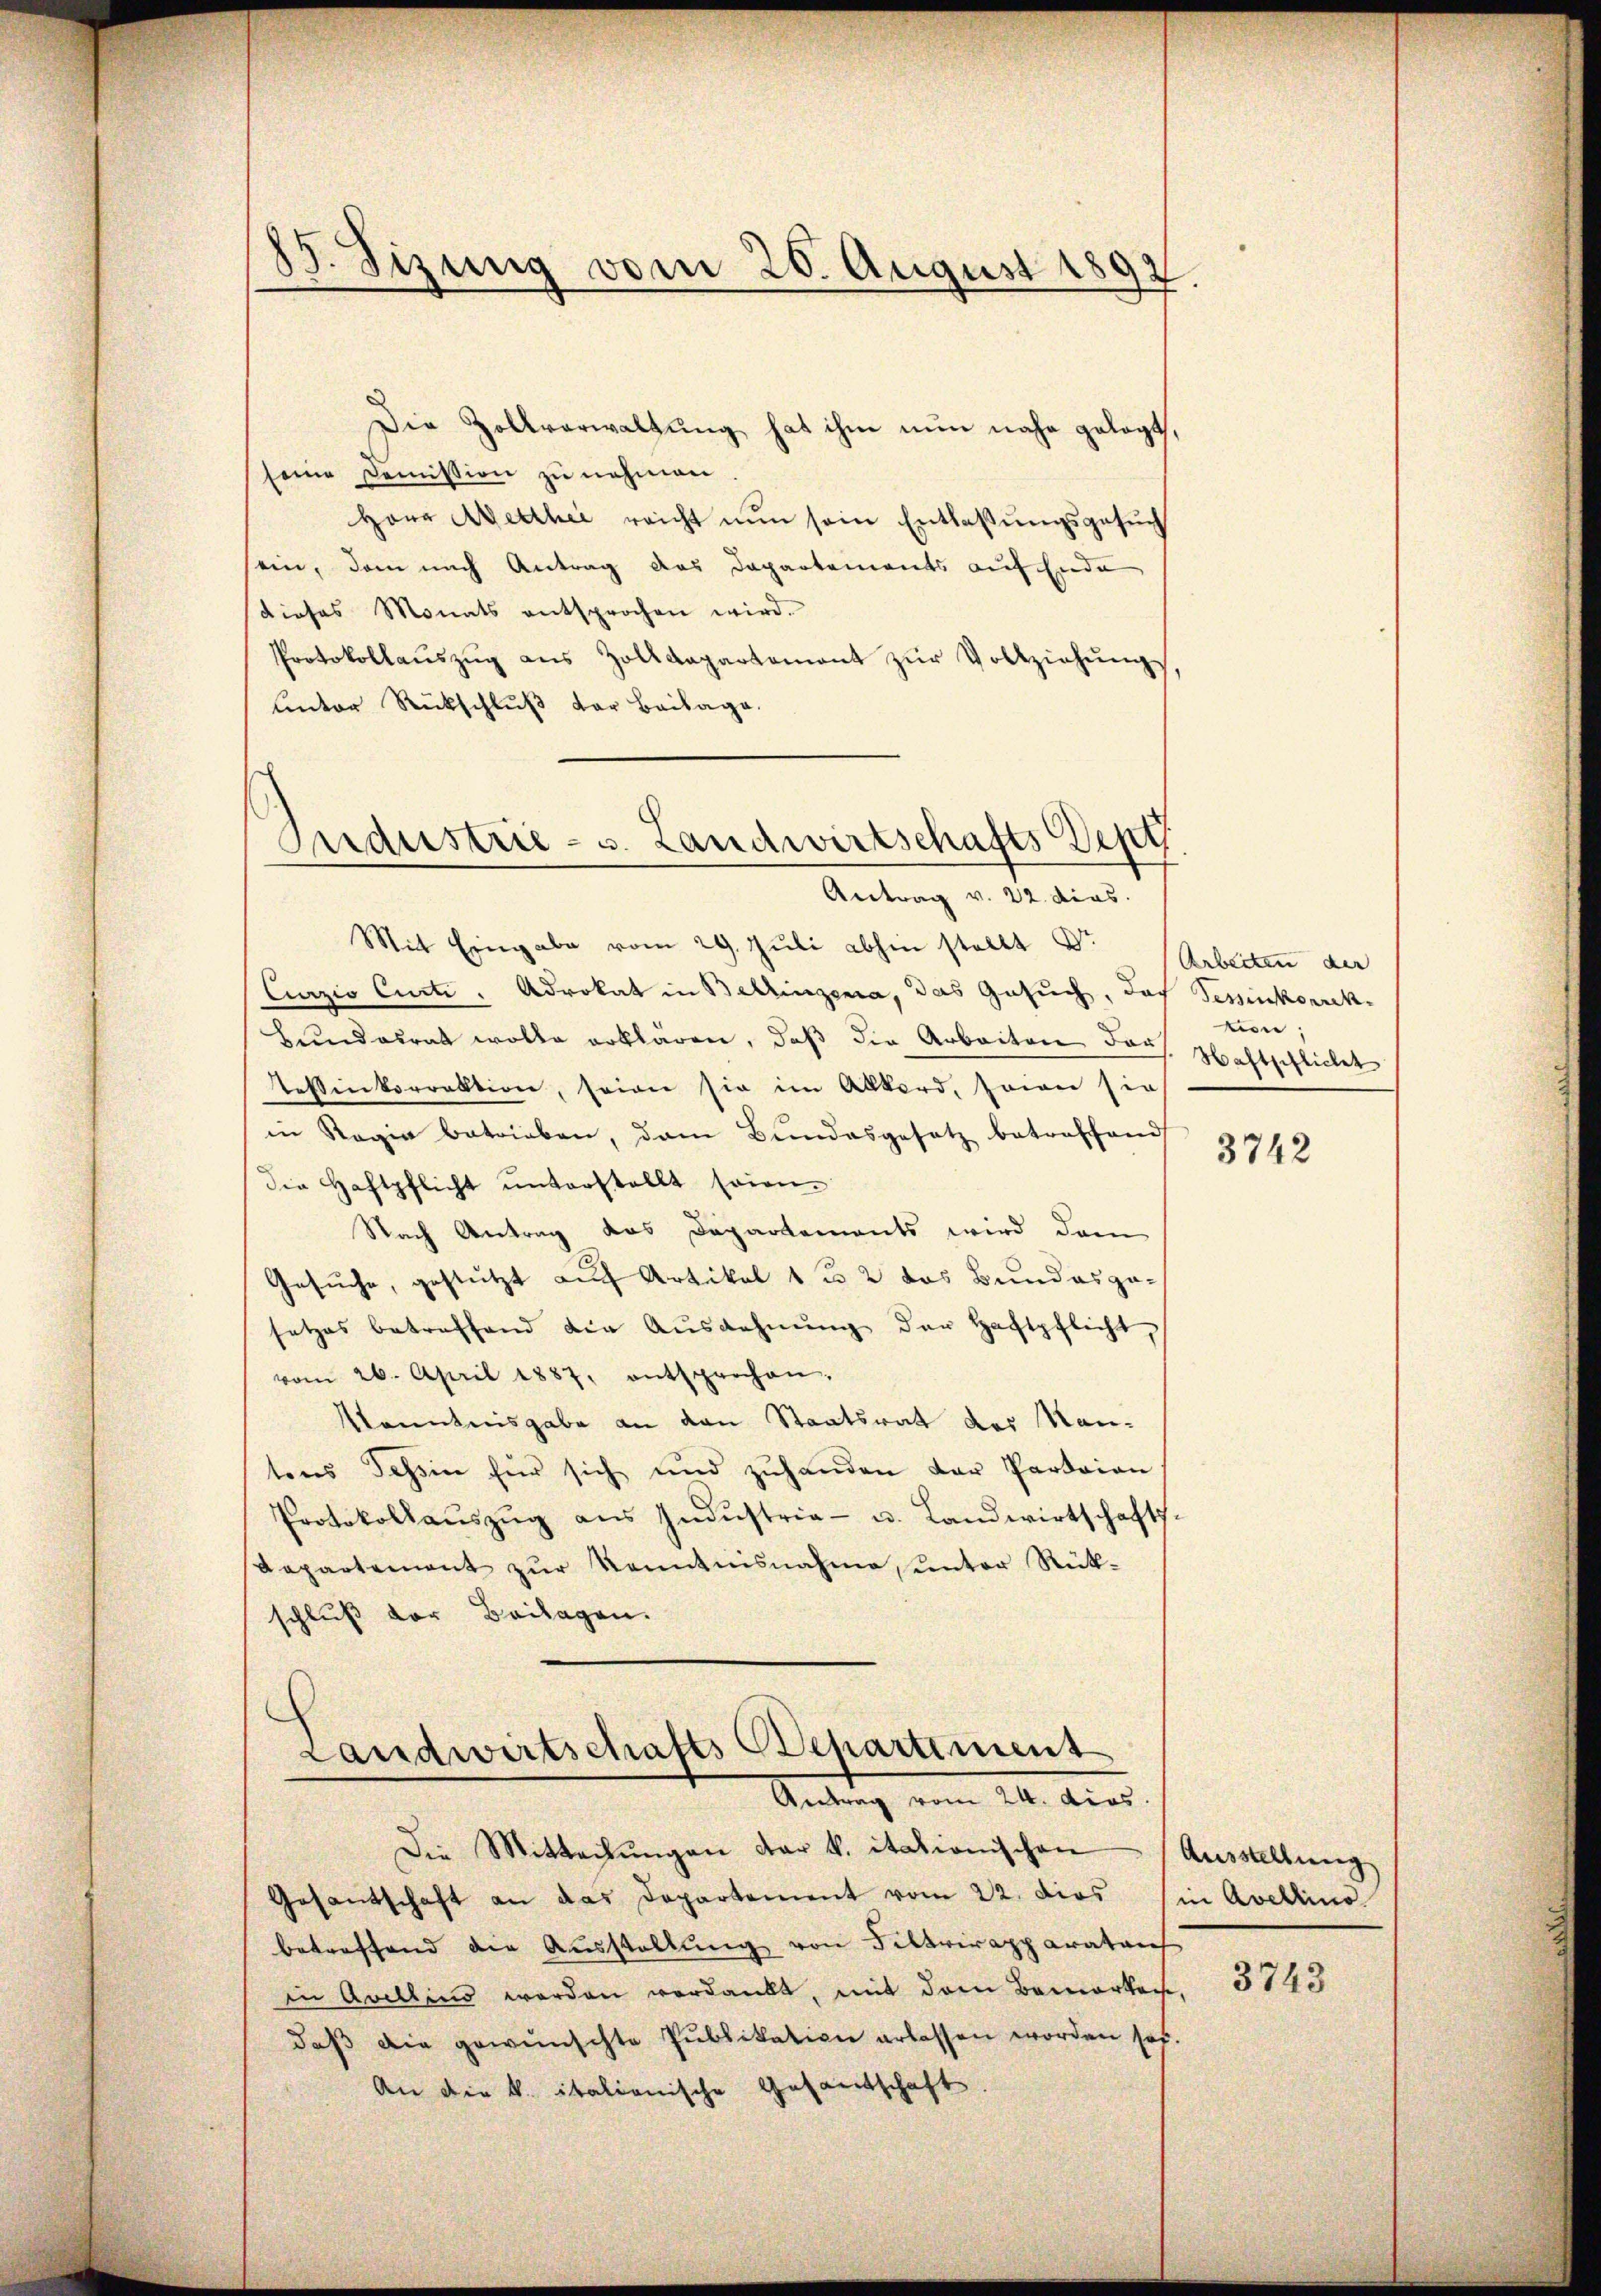
85. Sizung vom 20. August 1892

Die Zollverwaltung hat ihm nun nahe gelegt,
seine Demission zu nehmen.
Herr Welther reicht nun sein Entlaβŭngsgesŭch
sein, dem nach Antrag das Dapartements auf Ende
dieses Monats entsprochen wird.
Protokollaŭszŭg aŭs Zolldepartement zŭr Vollziehŭng
unter Rückschluß der Beilage.

Industrie - u. Landwirtschafts Dept
Antrag v. 22. dies

Mit Eingabe vom 29. Jŭli abhin stellt Dr.
Curzio Curti : Advokat in Bellingena, das Gesuch, das Tessinkorrek¬
Bundesrat wolle erklären, daβ die Arbeiten Jar Haftspflichet
Nessinkorrektion, seine sie im Allkord, seine sie
in Regia betrieben, dem Bundesgesetz betreffend
die Haftpflicht ŭnterstellt seien.
Nach Antrag das Departements wird dem
Gesuche, gestützt auf Artikel 12 das Bundesposetzes betreffend die Aŭszahnŭng der Haftpflicht,
vom 26. April 1887, entsprochen.
Kanntnisgabe an den Staatsrat des Mantens Tessin für sich und zŭhanden der Pardaian
Protokollaŭszŭg aŭs Indŭstria- u. Landwirtschaft
Repartement zur Kenntnisnahme, unter Rück-
schluß der Beilagen.
Landwirtschafts Departiment
Antrag vom 24. dios.
Die Mittachungen dar v. itationischen
Gesantschaft an das Departement vom 22. dies
betreffend die Ausstellung von Filtrirapparaten
in Avellens werden verdankt, mit dem Bemerke
daß die gewünschte Publikation erlassen worden sol
An die k. italionische Gesandtschaft

Arbeiten der
tion

3742

Ausstellung
in Avellino

3743